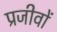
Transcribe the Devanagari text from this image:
प्रजीवों